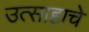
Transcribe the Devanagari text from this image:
उत्‍साहाचे